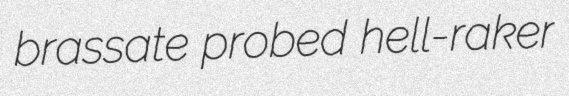
brassate probed hell-raker